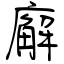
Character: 廨